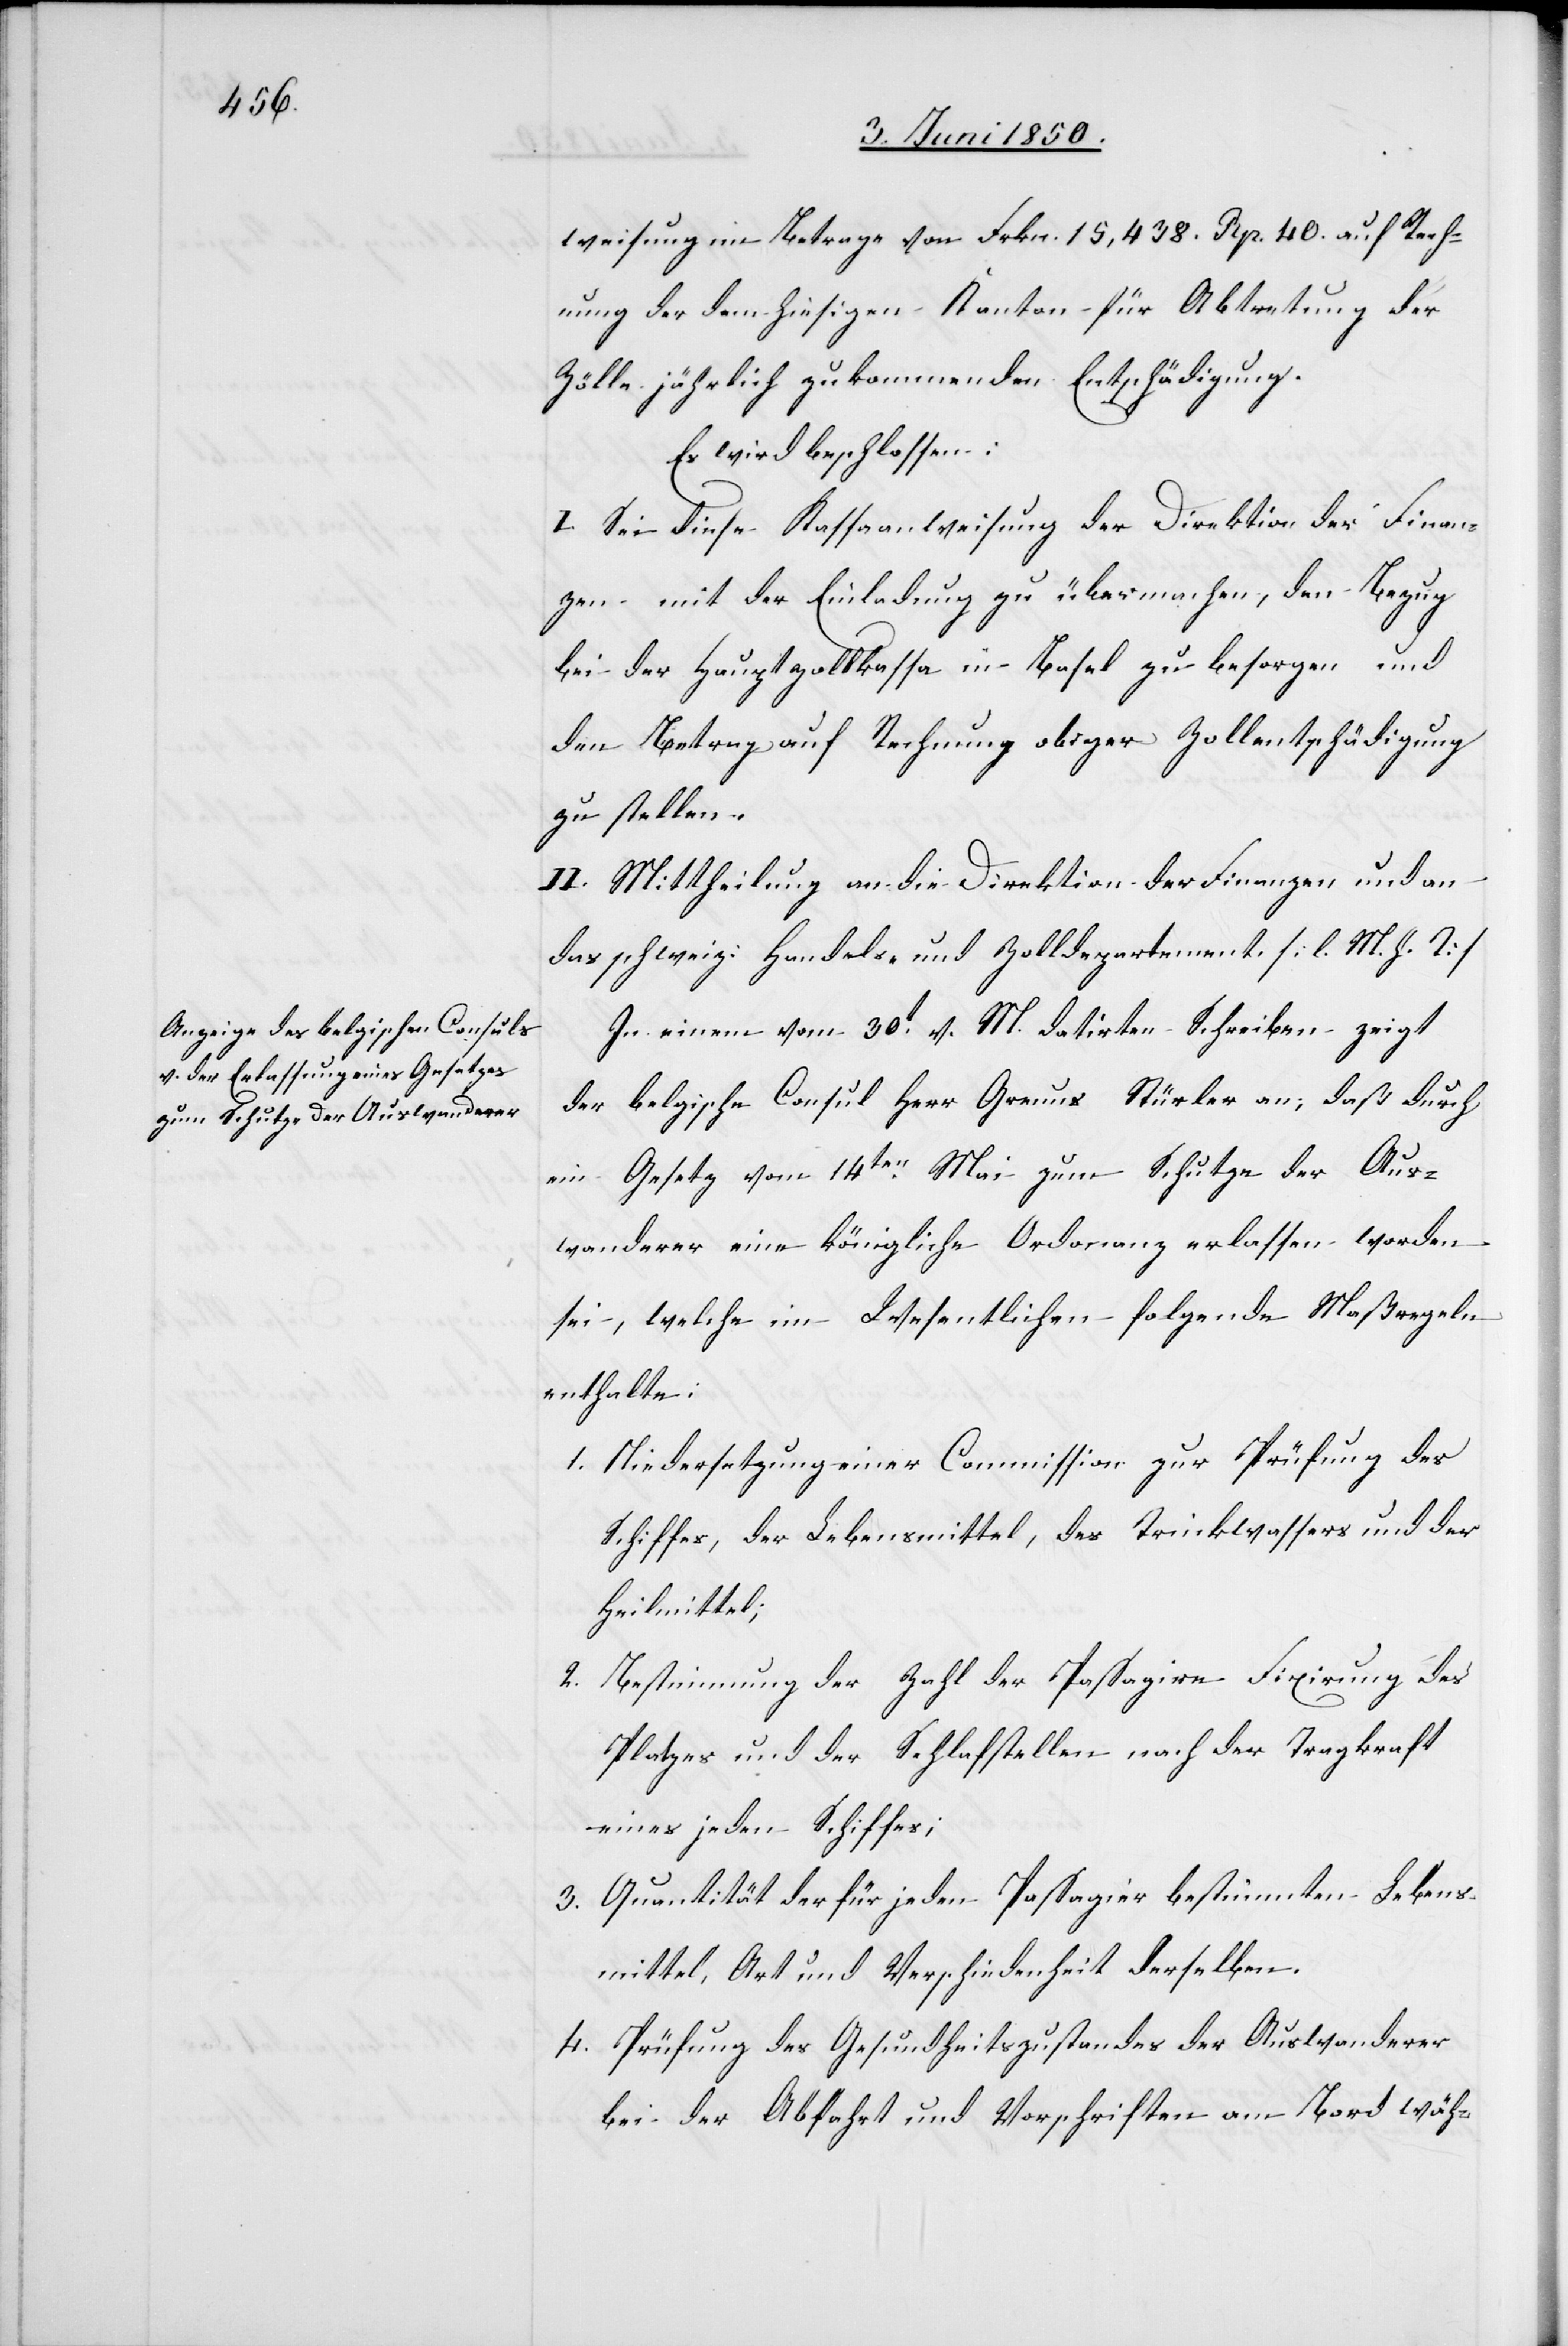
weisung im Betrage von Frkn. 15,438. Rp. 40. auf Rech¬
nung der dem hiesigen Kanton für Abtretung der
Zölle jährlich zukommenden Entschädigung.
Es wird beschlossen:
I. Sei diese Kassaanweiung der Direktion der Finan¬
zen mit der Einladung zu übermachen, den Bezug
bei der Hauptzollkassa in Basel zu besorgen und
den Betrag auf Rechnung obiger Zollentschädigung
zu stellen.
II. Mittheilung an die Direktion der Finanzen und an
das schweiz. Handels- und Zolldepartement. [l. M. h. T]
In einem vom 30t v. M. datirten Schreiben zeigt
der belgische Consul Herr Grenus Stürler an, daß durch
ein Gesetz vom 14ten Mai zum Schutze der Aus¬
wanderer eine königliche Ordonanz erlassen worden
sei, welche im Wesentlichen folgende Maßregeln
enthalte:
1. Niedersetzung einer Commission zur Prüfung des
Schiffes, der Lebensmittel, des Trinkwassers und der
Heilmittel;
Bestimmung der Zahl der Passagire[,] Fixirung des
2.
Platzes und der Schlafstellen nach der Tragkraft
eines jeden Schiffes;
3. Quantität der für jeden Passagier bestimmten Lebens¬
mittel, Art und Verschiedenheit derselben.
4. Prüfung des Gesundheitszustandes der Auswanderer
bei der Abfahrt und Vorschriften am Bord wäh-